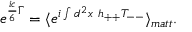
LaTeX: e ^ { \frac { i c } { 6 } \Gamma } = \langle e ^ { i \int d ^ { 2 } x ~ h _ { + + } T _ { -- } } \rangle _ { m a t t } .